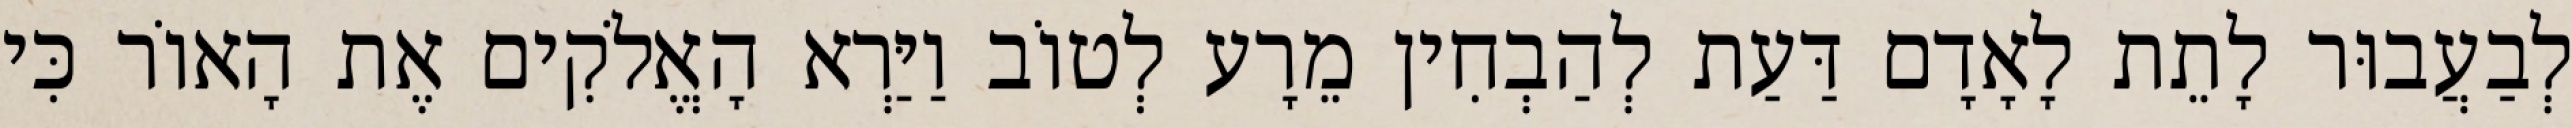
לְבַעֲבוּר לָתֵת לָאָדָם דַּעַת לְהַבְחִין מֵרָע לְטוֹב וַיַּרְא הָאֱלֹקִים אֶת הָאוֹר כִּי